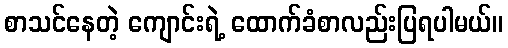
စာသင်နေတဲ့ ကျောင်းရဲ့ ထောက်ခံစာလည်းပြရပါမယ်။